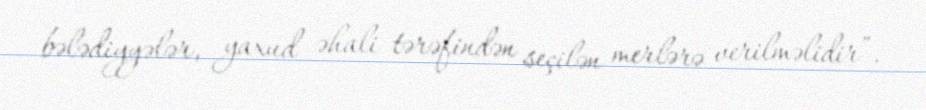
bələdiyyələr, yaxud əhali tərəfindən seçilən merlərə verilməlidir”.